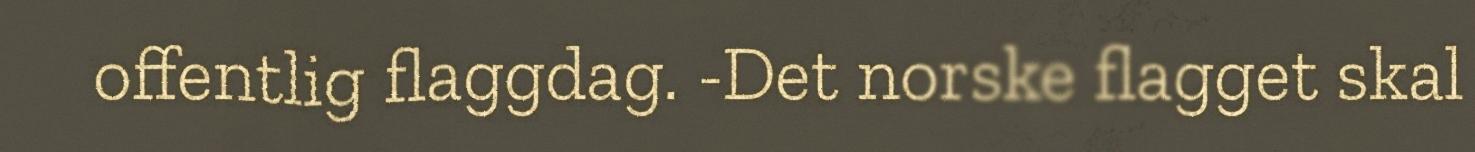
offentlig flaggdag. -Det norske flagget skal